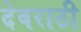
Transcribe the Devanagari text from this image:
देवराठी